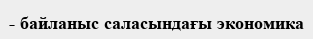
- байланыс саласындағы экономика